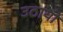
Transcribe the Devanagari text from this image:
उठायो